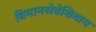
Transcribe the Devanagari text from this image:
विमानसेवेशिवाय